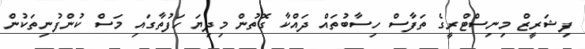
ފިޝަރީޒް މިނިސްޓްރީގެ ތަފާސް ހިސާބުތައް ދައްކާ ގޮތުން މިދިޔަ ހަފުތާގައި މަސް ކުންފުނިތަކުން